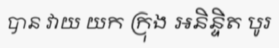
បាន វាយ យក ក្រុង អនិន្ទិត បូរ